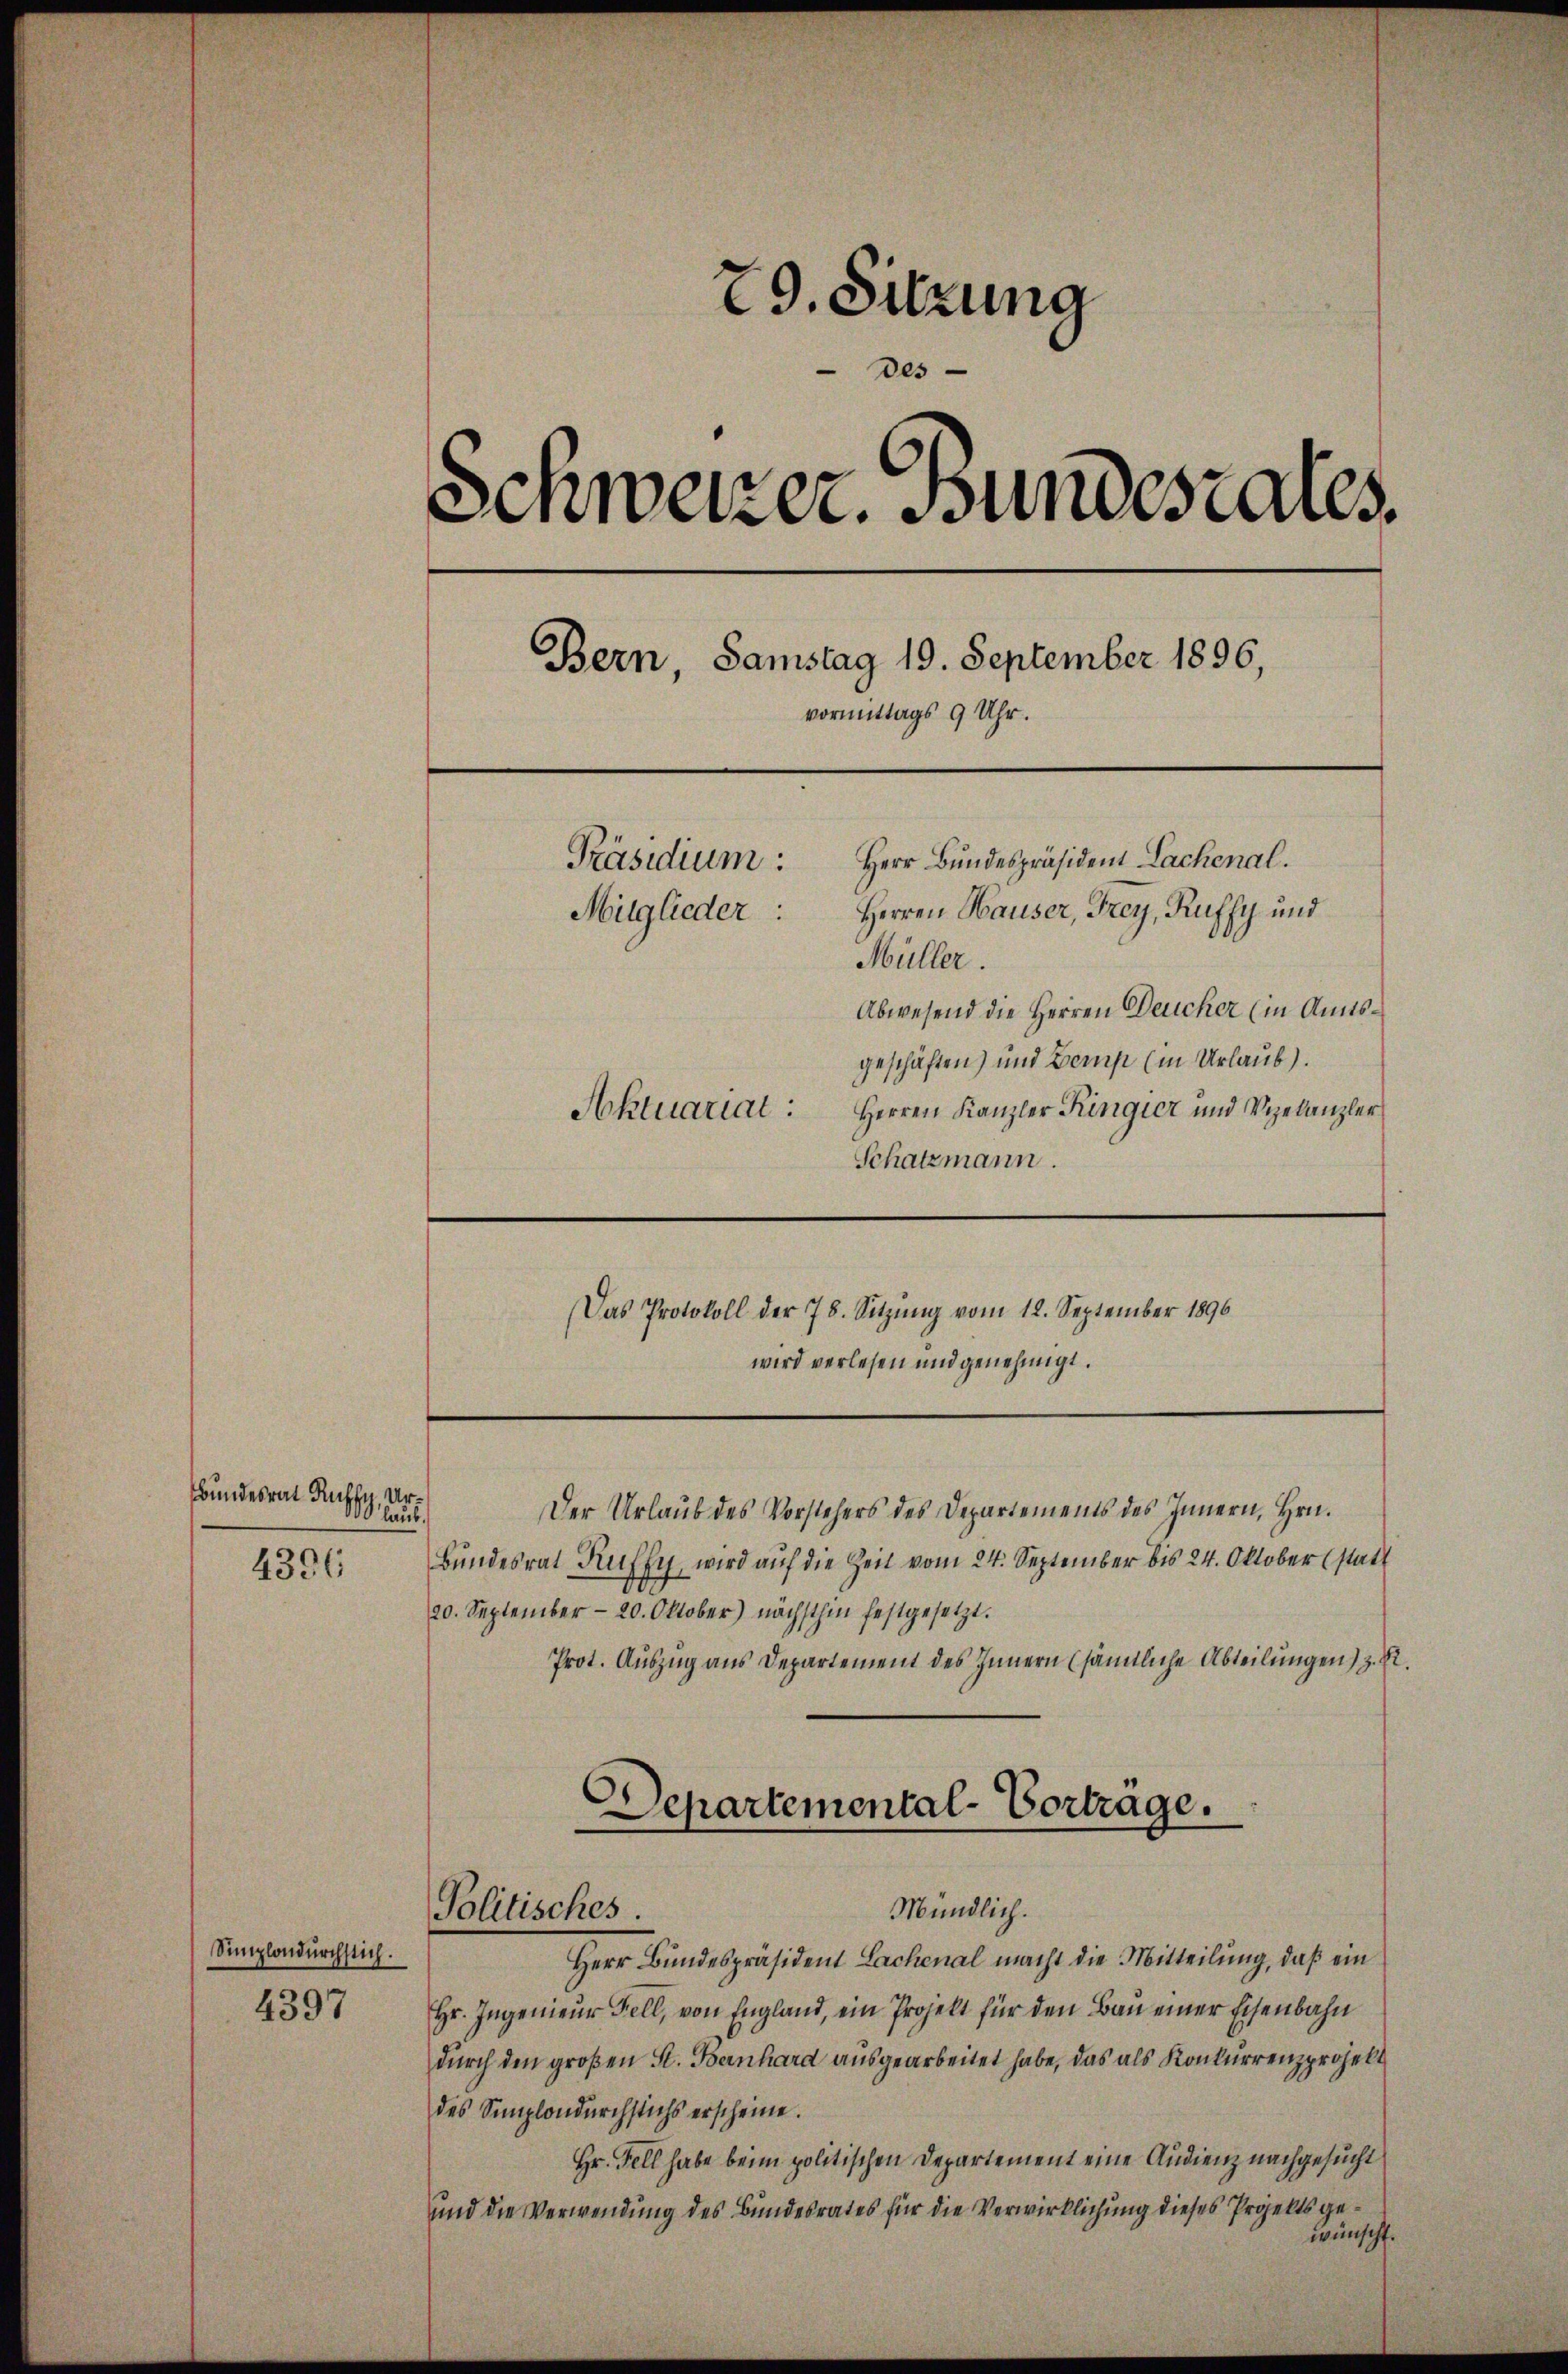
Bundesrat Ruchen Ur¬
100 laub.

4396

Simplondurchstich.

4397

29. Sitzung
des
Schweizer. Bundesrates.
Bern, Samstag 19. September 1896,
vormittags 9 Uhr.
Herr Bundespräsident Lachenal.
Präsidium:
Muglieder. Herren Hauser, Frey, Kuffy und
Müller.
Abwesend die Herren Deucher (in Amts¬

Der Urlaub des Vorstehers des Departements des Innern, Hrn.
Bundesrat Ruffy, wird auf die Zeit vom 24. September bis 24. Oktober (statt
20. September - 20. Oktober) nächsthin festgesetzt.
Prot. Auszug aus Departement des Innern (sämtliche Abteilungen) u. R

geschäften) und Bemp (in Urlaub).
Aktuariat: Herren Kanzler Ringier und Vizekanzler
Schatzmann.
Das Protokoll der 78. Sitzŭng vom 12. September 1896
wird verlesen und genehmigt.

Departemental-Vorträge.
Mündlich.
Politisches.

Herr Bundespräsident Lachenal macht die Mitteilung, daß ein
Hr. Ingenieur Fell, von England, ein Projekt für den Bau einer Eisenbahn
durch den großen St. Bernhard ausgearbeitet habe, das als Konkurrenzprojekt
des Semplondurchstichs erscheine.
Hr. Fell habe beim politischen Departement eine Audienz nachgesucht
und die Verwendung des Bundesrates für die Verwirklichung dieses Projekts gewünscht.